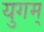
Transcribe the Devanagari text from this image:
युगम्